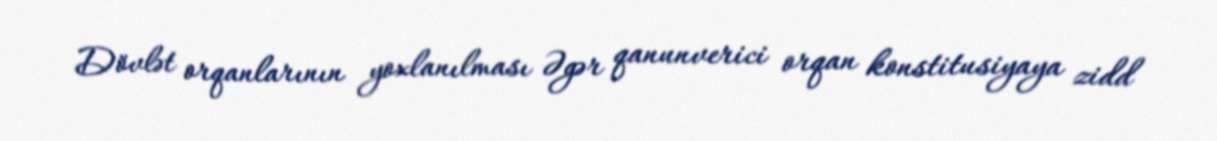
Dövlət orqanlarının yoxlanılması Əgər qanunverici orqan konstitusiyaya zidd